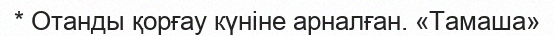
* Отанды қорғау күніне арналған. «Тамаша»